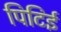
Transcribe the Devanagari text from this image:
पिटिई